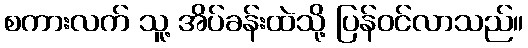
စကားလက် သူ့ အိပ်ခန်းထဲသို့ ပြန်ဝင်လာသည်။